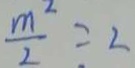
\frac { m ^ { 2 } } { 2 } = 2